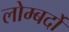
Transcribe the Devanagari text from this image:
लोम्बर्दो